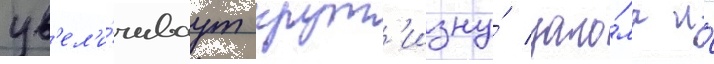
ув'ел'и́чиваут крут'изну́ зало́ма и́